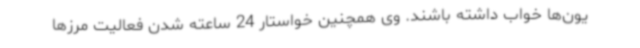
یون‌ها خواب داشته باشند. وی همچنین خواستار 24 ساعته شدن فعالیت مرزها